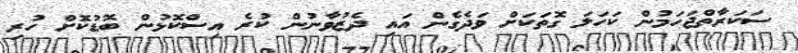
ސަކަރާތްޖަހަމުން ކަހަލަ ގޮތަކަށް ވަދެގެން އައި ދެޒުވާނުން ކުރެ އިސްކޮޅުން ބޮޑުކޮށް ހުރި